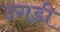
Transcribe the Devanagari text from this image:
उगडी